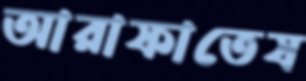
আরাফাতেয